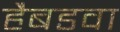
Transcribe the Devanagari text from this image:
हैबडवा